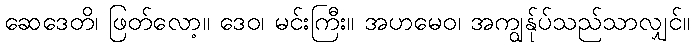
ဆေဒေတိ၊ ဖြတ်လော့။ ဒေဝ၊ မင်းကြီး။ အဟမေဝ၊ အကျွန်ုပ်သည်သာလျှင်။